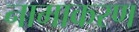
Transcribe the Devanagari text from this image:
नामाकरण्‍ा